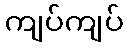
ကျပ်ကျပ်